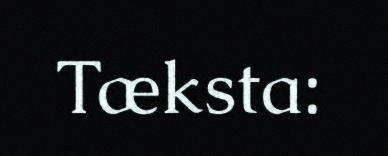
Tæksta: